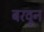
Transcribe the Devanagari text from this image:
बरवून